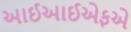
આઈઆઈએફએ